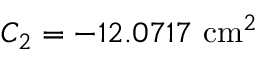
C _ { 2 } = - 1 2 . 0 7 1 7 \ \mathrm { c m } ^ { 2 }